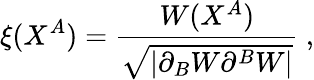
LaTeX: \xi(X^{A})=\frac{W(X^{A})}{\sqrt{|\partial_{B}W\partial^{B}W|}}~,